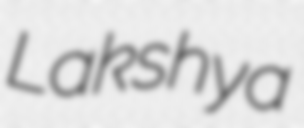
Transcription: Lakshya